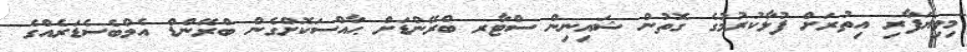
މިވިޔަފާރި އިތުރަށް ފުޅާކުރުމުގެ ގޮތުން ޝައިނިން ސްޓާރ ބްރޭންޑަށް ޙާއްސަކޮށްގެން ބްރޭންޑް އެމްބެސެޑަރެއްގެ